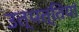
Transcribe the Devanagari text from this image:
उत्पत्तियां